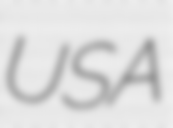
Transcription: USA